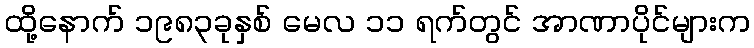
ထို့နောက် ၁၉၈၃ခုနှစ် မေလ ၁၁ ရက်တွင် အာဏာပိုင်များက